Eesti_Ajutine_Maanoukogu, lk 5
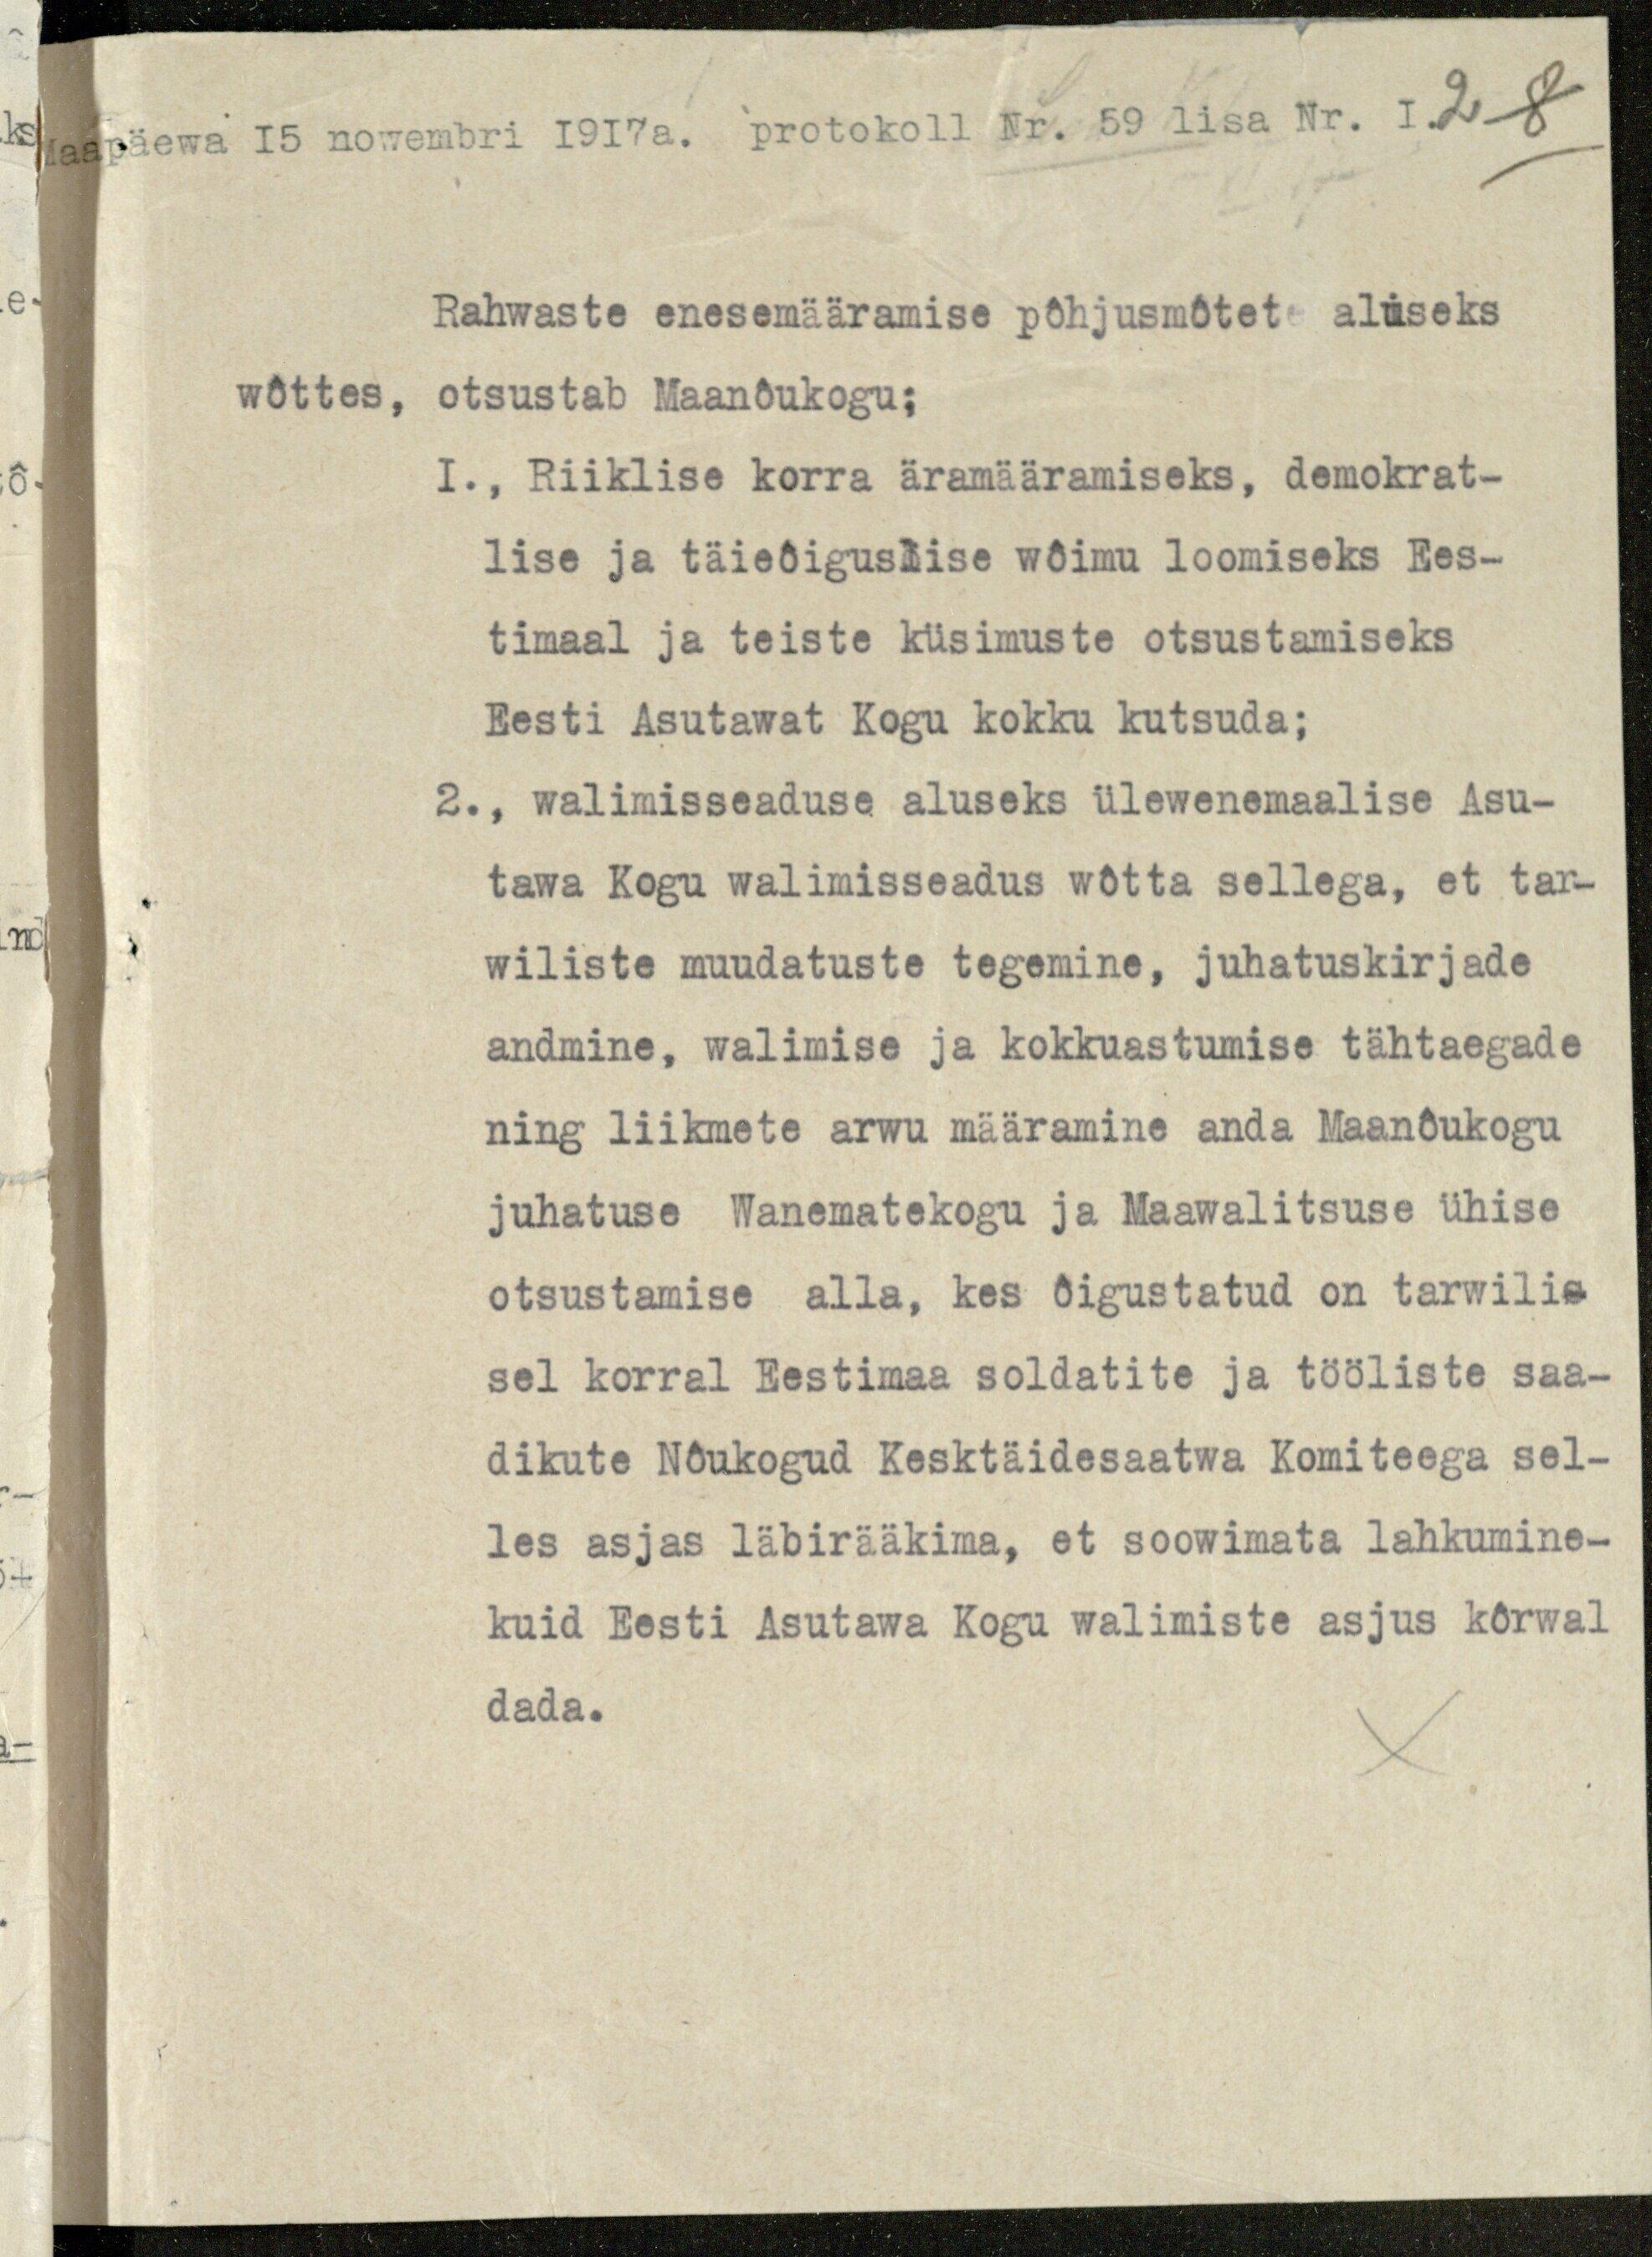
Maapäewa 15 nowembri I917 a. protokoll Nr. 59 lisa Nr. 1
Rahwaste enesemääramise põhjusmõtete aluseks
wõttes, otsustab Maanõukogu:
1., Riiklise korra äramääramiseks, demokrat-
lise ja täieõiguslise wõimu loomiseks Ees-
timaal ja teiste küsimuste otsustamiseks
Eesti Asutawat Kogu kokku kutsuda;
2., walimisseaduse aluseks ülewenemaalise Asu-
tawa Kogu walimisseadus wõtta sellega, et tar-
wiliste muudatuste tegemine, juhatuskirjade
andmine, walimise ja kokkuastumise tähtaegade
ning liikmete arwu määramine anda Maanõukogu
juhatuse Wanematekogu ja Maawalitsuse ühise
otsustamise alla, kes õigustatud on tarwili-
sel korral Eestimaa soldatite ja tööliste saa-
dikute Nõukogud Kesktäidesaatwa Komiteega sel-
les asjas läbirääkima, et soowimata lahkumine-
kuid Eesti Asutawa Kogu walimiste asjus kõrwal
dada.